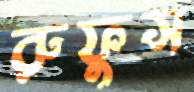
রুফুস